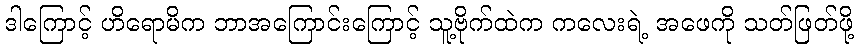
ဒါကြောင့် ဟိရောမိက ဘာအကြောင်းကြောင့် သူ့ဗိုက်ထဲက ကလေးရဲ့ အဖေကို သတ်ဖြတ်ဖို့